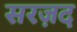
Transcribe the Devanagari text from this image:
सरज़द